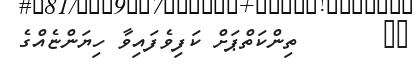
٣٠       ތިންކަތްޕަށް ކަފިވެފައިވާ ހިޔަންޏެއްގެ